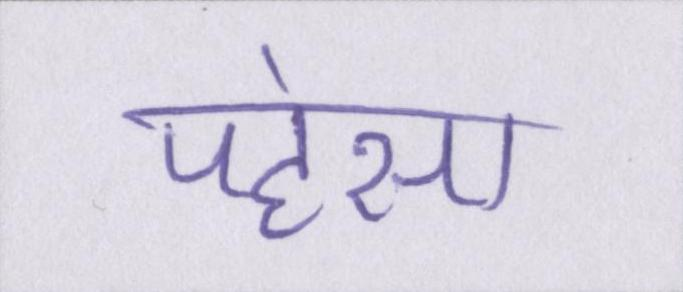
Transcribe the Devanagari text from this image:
पहंसा